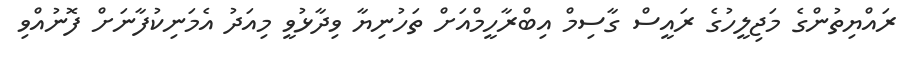
ރައްޔިތުންގެ މަޖިލީހުގެ ރައީސް ގާސިމް އިބްރާހީމްއަށް ތަހުނިޔާ ވިދާޅުވީ މިއަދު އެމަނިކުފާނަށް ފޮނުއްވި